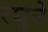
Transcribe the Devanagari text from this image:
रघूने